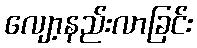
လျော့နည်းလာခြင်း